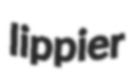
lippier